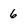
Character: 6